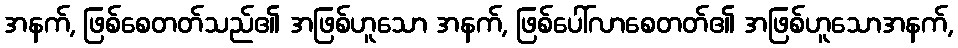
အနက်, ဖြစ်စေတတ်သည်၏ အဖြစ်ဟူသော အနက်, ဖြစ်ပေါ်လာစေတတ်၏ အဖြစ်ဟူသောအနက်,